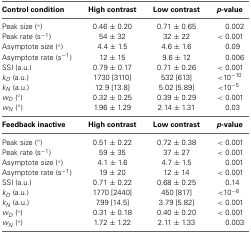
| Control condition | High contrast | Low contrast | p-value |
 | --- | --- | --- | --- |
 | Peak size (°) | 0.46 ± 0.20 | 0.71 ± 0.65 | 0.002 |
 | Peak rate (s−1) | 54 ± 32 | 32 ± 22 | <0.001 |
 | Asymptote size (°) | 4.4 ± 1.5 | 4.6 ± 1.6 | 0.09 |
 | Asymptote rate (s−1) | 12 ± 15 | 9.6 ± 12 | 0.006 |
 | SSI (a.u.) | 0.79 ± 0.17 | 0.71 ± 0.26 | <0.001 |
 | kD (a.u.) | 1730 [3110] | 532 [613] | <10−10 |
 | kN (a.u.) | 12.9 [13.8] | 5.02 [5.89] | <10−5 |
 | wD (°) | 0.32 ± 0.25 | 0.39 ± 0.29 | <0.001 |
 | wN (°) | 1.96 ± 1.29 | 2.14 ± 1.31 | 0.03 |
 | Feedback inactive | High contrast | Low contrast | p-value |
 | Peak size (°) | 0.51 ± 0.22 | 0.72 ± 0.38 | <0.001 |
 | Peak rate (s−1) | 59 ± 35 | 37 ± 27 | <0.001 |
 | Asymptote size (°) | 4.1 ± 1.6 | 4.7 ± 1.5 | 0.001 |
 | Asymptote rate (s−1) | 19 ± 20 | 12 ± 14 | <0.001 |
 | SSI (a.u.) | 0.71 ± 0.22 | 0.68 ± 0.25 | 0.14 |
 | kD (a.u.) | 1770 [2440] | 450 [817] | <10−8 |
 | kN (a.u.) | 7.99 [14.5] | 3.79 [5.82] | <0.001 |
 | wD (°) | 0.31 ± 0.18 | 0.40 ± 0.20 | <0.001 |
 | wN (°) | 1.72 ± 1.22 | 2.11 ± 1.33 | 0.003 |